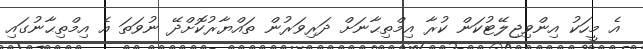
އެ މީހަކު އިންވިޖިލޭޓުކަން ކުރާ އިމްތިޙާނަށް ދަރިވަރުން ތައްޔާރުކޮށްދޭ ނުވަތަ އެ އިމްތިޙާނުގައި